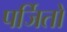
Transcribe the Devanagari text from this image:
पर्जितों